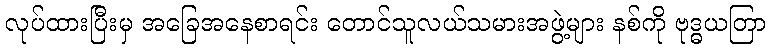
လုပ်ထားပြီးမှ အခြေအနေစာရင်း တောင်သူလယ်သမားအဖွဲ့များ နစ်ကို ဗုဒ္ဓယတြာ